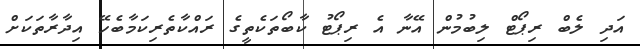
އަދި ލެބް ރިޕޯޓް ލިބުމުން އޭނާ އެ ރިޕޯޓު ކާބޯތަކެތީގެ ރައްކާތެރިކަމާބެހޭ އިދާރާތަކަށް